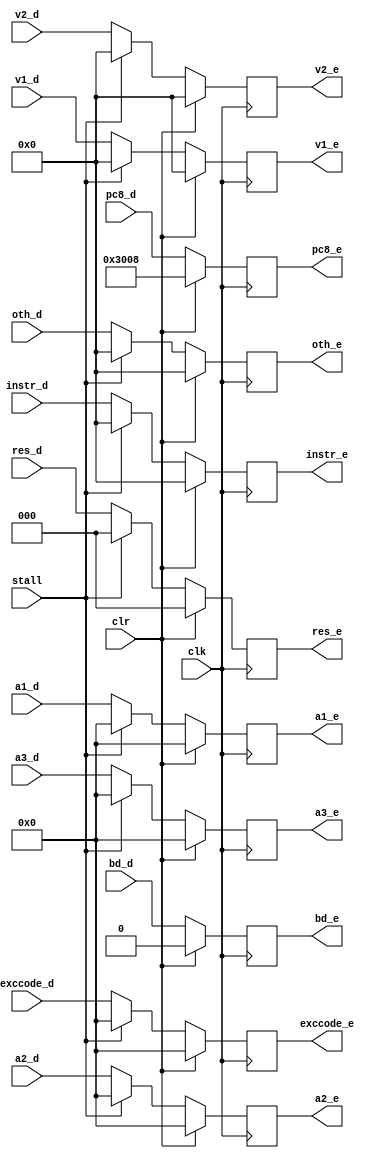
`timescale 1ns / 1ps

module Epipe(clk,clr,stall,
res_d,instr_d,a1_d,a2_d,a3_d,v1_d,v2_d,oth_d,pc8_d,bd_d,exccode_d,
res_e,instr_e,a1_e,a2_e,a3_e,v1_e,v2_e,oth_e,pc8_e,bd_e,exccode_e);
input clk,clr,stall,bd_d;
input [2:0] res_d;
input [31:0] instr_d,v1_d,v2_d,oth_d,pc8_d;
input [4:0] a1_d,a2_d,a3_d,exccode_d;
output reg[2:0] res_e;
output reg[31:0] instr_e,v1_e,v2_e,oth_e,pc8_e;
output reg [4:0] a1_e,a2_e,a3_e,exccode_e;
output reg bd_e;

initial begin
	res_e<=0;
	instr_e<=0; v1_e<=0; v2_e<=0; oth_e<=0; pc8_e<=32'h00003008;
	a1_e<=0;a2_e<=0;a3_e<=0;
	bd_e<=0;exccode_e<=0;
end

always @(posedge clk)
begin
	if (clr)
		begin
			res_e<=0;
			instr_e<=0; v1_e<=0; v2_e<=0; oth_e<=0; pc8_e<=32'h00003008;
			a1_e<=0;a2_e<=0;a3_e<=0;
			bd_e<=0;exccode_e<=0;
		end
	else if(stall)
		begin
			res_e<=0;
			instr_e<=0; v1_e<=0; v2_e<=0; oth_e<=0; pc8_e<=pc8_d;
			a1_e<=0;a2_e<=0;a3_e<=0;
			bd_e<=bd_d; exccode_e<=0;
		end
	else 
		begin
			res_e<=res_d;
			instr_e<=instr_d; v1_e<=v1_d; v2_e<=v2_d; oth_e<=oth_d; pc8_e<=pc8_d;
			a1_e<=a1_d;a2_e<=a2_d;a3_e<=a3_d;
			bd_e<=bd_d;exccode_e<=exccode_d;
		end
end

endmodule